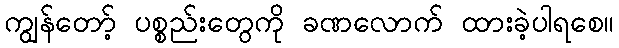
ကျွန်တော့် ပစ္စည်းတွေကို ခဏလောက် ထားခဲ့ပါရစေ။